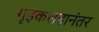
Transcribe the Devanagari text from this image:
गृहकलहानंतर